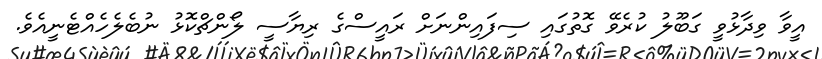
އީވާ ވިދާޅުވީ ގަބޫލު ކުރެވޭ ގޮތުގައި ސިފައިންނަށް ރައީސްގެ ރިޔާސީ ލޯންޗްކޮޅު ނުބެލެހެއްޓެނީއެވެ.